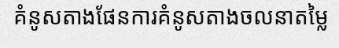
គំនូសតាងផែនការគំនូសតាងចលនាតម្លៃ